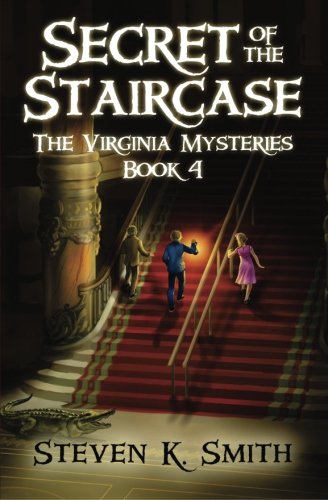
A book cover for Secret of the Staircase (The Virginia Mysteries) (Volume 4); Steven K. Smith; Children's Books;